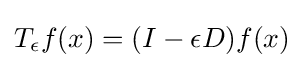
T_{\epsilon }f(x)=(I-\epsilon D)f(x)